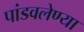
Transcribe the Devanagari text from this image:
पांडवलेण्या